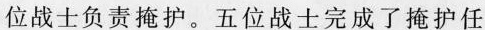
位战士负责掩护。五位战士完成了掩护任